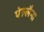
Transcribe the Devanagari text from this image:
पेल्लैना